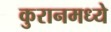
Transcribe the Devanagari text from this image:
कुरानमध्ये